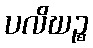
ပလိဃဉ္စ